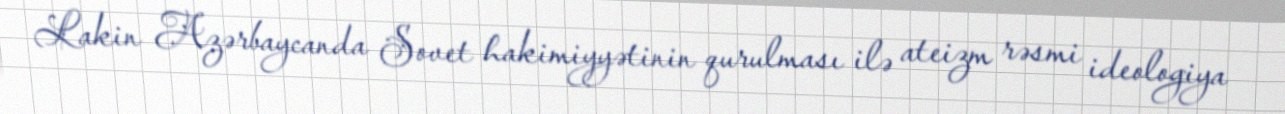
Lakin Azərbaycanda Sovet hakimiyyətinin qurulması ilə ateizm rəsmi ideologiya